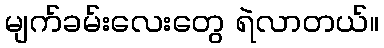
မျက်ခမ်းလေးတွေ ရဲလာတယ်။